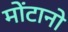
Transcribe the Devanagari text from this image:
मोंटानो